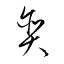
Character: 貪